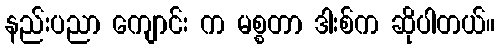
နည်းပညာ ကျောင်း က မစ္စတာ ဒါးစ်က ဆိုပါတယ်။